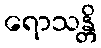
ရောသန္တိ